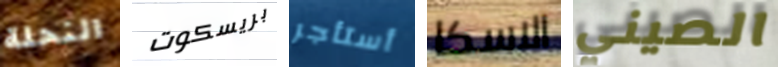
النحلة بريسكوت أستأجر الاسكا الصيني